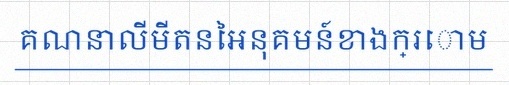
គណនាលីមីតនៃអនុគមន៍ខាងក្រោម